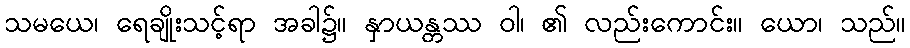
သမယေ၊ ရေချိုးသင့်ရာ အခါ၌။ နှာယန္တဿ ဝါ၊ ၏ လည်းကောင်း။ ယော၊ သည်။